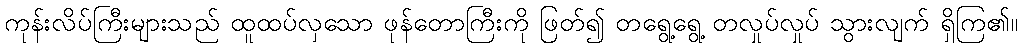
ကုန်းလိပ်ကြီးများသည် ထူထပ်လှသော ဖုန်တောကြီးကို ဖြတ်၍ တရွေ့ရွေ့ တလှုပ်လှုပ် သွားလျက် ရှိကြ၏။